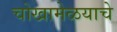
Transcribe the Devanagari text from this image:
चोखामेळयाचे